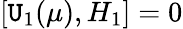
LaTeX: [\mathtt{U}_{1}(\mu),H_{1}]=0